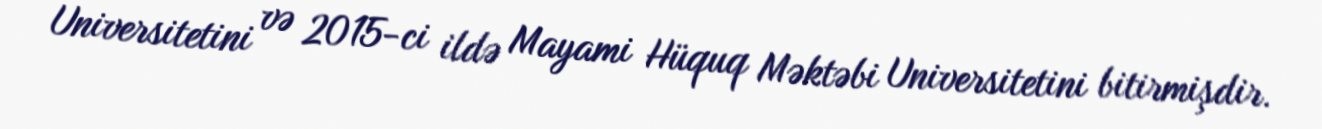
Universitetini və 2015-ci ildə Mayami Hüquq Məktəbi Universitetini bitirmişdir.